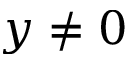
y \neq 0